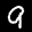
Label: 9